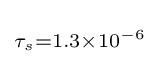
\scriptstyle \tau _{s}=1.3\times 10^{-6}